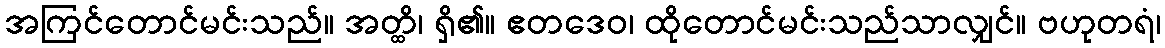
အကြင်တောင်မင်းသည်။ အတ္ထိ၊ ရှိ၏။ ဧတဒေဝ၊ ထိုတောင်မင်းသည်သာလျှင်။ ဗဟုတရံ၊